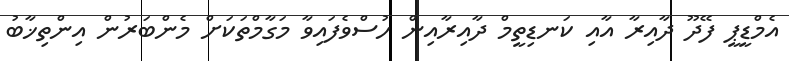
އެމްޑީޕީ ފޭދޫ ދާއިރާ އާއި ކަނޑިތީމް ދާއިރާއިން ހުސްވެފައިވާ މަގާމްތަކަށް މެންބަރުން އިންތިޚާބު